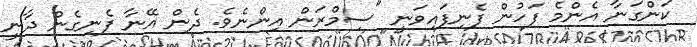
ކަންގަނާ އެންމެ ފަހުން ފެނިފައިވަނީ "ސިމްރަން އިންނެވެ. ދެން އޭނާ ފެނިގެން ދާނީ